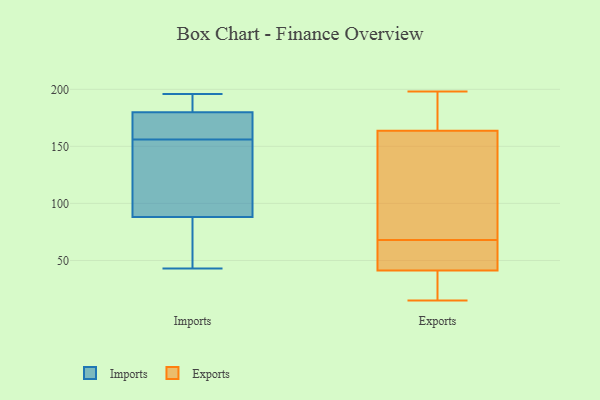
{"axis": {"x": "Customer Acquisition Cost (USD)", "y": "Value"}, "legend": ["Exports", "Imports"], "data": [{"x": "", "y": 85, "type": "Imports"}, {"x": "", "y": 139, "type": "Imports"}, {"x": "", "y": 133, "type": "Imports"}, {"x": "", "y": 195, "type": "Imports"}, {"x": "", "y": 173, "type": "Imports"}, {"x": "", "y": 180, "type": "Imports"}, {"x": "", "y": 180, "type": "Imports"}, {"x": "", "y": 52, "type": "Imports"}, {"x": "", "y": 196, "type": "Imports"}, {"x": "", "y": 177, "type": "Imports"}, {"x": "", "y": 43, "type": "Imports"}, {"x": "", "y": 91, "type": "Imports"}, {"x": "", "y": 182, "type": "Exports"}, {"x": "", "y": 48, "type": "Exports"}, {"x": "", "y": 198, "type": "Exports"}, {"x": "", "y": 50, "type": "Exports"}, {"x": "", "y": 39, "type": "Exports"}, {"x": "", "y": 15, "type": "Exports"}, {"x": "", "y": 136, "type": "Exports"}, {"x": "", "y": 82, "type": "Exports"}, {"x": "", "y": 36, "type": "Exports"}, {"x": "", "y": 68, "type": "Exports"}, {"x": "", "y": 173, "type": "Exports"}]}